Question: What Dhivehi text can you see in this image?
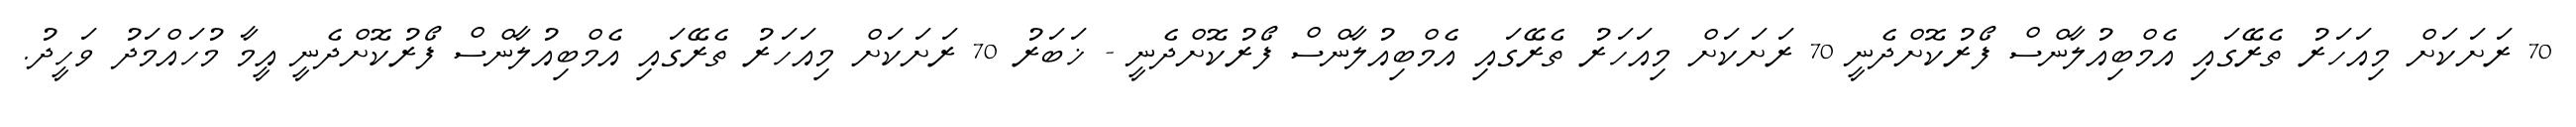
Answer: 70 ރަށަކަށް މިއަހަރު ތެރޭގައި އެމްބިއުލާންސް ފޯރުކޮށްދެނީ 70 ރަށަކަށް މިއަހަރު ތެރޭގައި އެމްބިއުލާންސް ފޯރުކޮށްދެނީ - ޚަބަރު 70 ރަށަކަށް މިއަހަރު ތެރޭގައި އެމްބިއުލާންސް ފޯރުކޮށްދެނީ އީމާ މުހައްމަދު ވަހީދު.